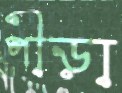
পীড়া